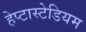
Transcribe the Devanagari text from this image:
हेप्टास्टेडियम